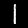
Label: 1